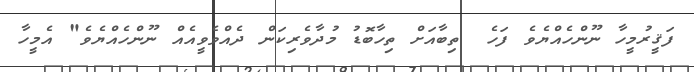
ފަޤީރުމީހާ ނޫންހެއްޔެވެ ފަހެ  ތިބާއަށް ތިހާބޮޑު މުދާވެރިކަން ދެއްވެވީއެއް ނޫންހެއްޔެވެ" އެމީހާ